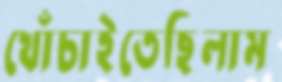
খোঁচাইতেছিলাম